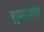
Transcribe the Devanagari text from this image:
इष्र्याखोर